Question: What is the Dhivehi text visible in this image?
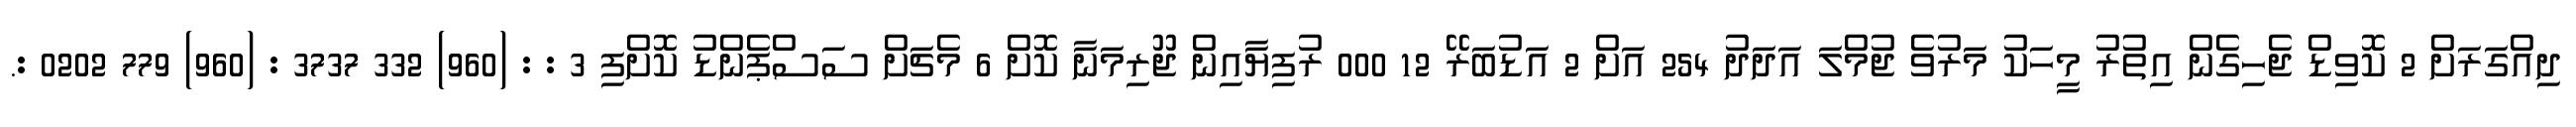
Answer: ދިއްގަރަށް 2 ކޮވިޑް ޖެހިގެން އިތުރު މީހަކު މަރުވެ ޖުމްލަ އަދަދު 254 އަށް 2 އަޑުބަރޭ 12 000 ރުފިޔާއިން ޖޫރިމަނާ ކޮށް 6 މެޗަށް ސަސްޕެންޑު ކޮށްފި 3 : : (960) 332 3737 : (960) 779 0202 :.